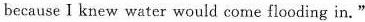
because I knew water would come flooding in."